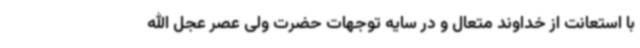
با استعانت از خداوند متعال و در سایه توجهات حضرت ولی عصر عجل الله